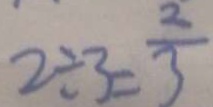
2 \div 3 = \frac { 2 } { 3 }